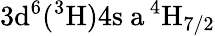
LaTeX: \mathrm{3d^{6}(^{3}H)4s\ a\, ^{4}H_{7/2}}